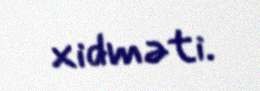
xidməti.